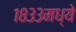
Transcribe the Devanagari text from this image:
१८३३मध्ये